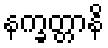
နက္ခတ္တာနိ